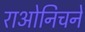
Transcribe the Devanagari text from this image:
राओनिचने